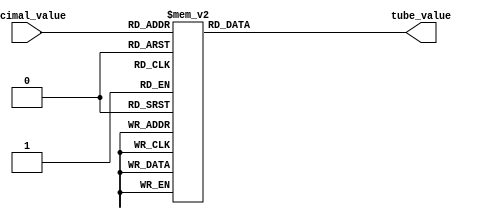
module TubeDecoderDecimal(
	decimal_value,
	tube_value
);
	input [3:0] decimal_value;
	output [7:0] tube_value;
	reg [7:0] tube_value;
	always @(decimal_value)
		begin
		    case(decimal_value)
			     0:tube_value<=8'b10111111;
				 1:tube_value<=8'b10000110;
				 2:tube_value<=8'b11011011;
				 3:tube_value<=8'b11001111;
				 4:tube_value<=8'b11100110;
				 5:tube_value<=8'b11101101;
				 6:tube_value<=8'b11111101;
				 7:tube_value<=8'b10000111;
				 8:tube_value<=8'b11111111;
				 9:tube_value<=8'b11101111;
				 default:tube_value<=8'b10000000;
			endcase
		end
endmodule